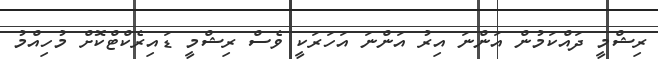
ރިޝްމީ ދައްކަމުން އަންނަ އިރު އަންނަ އަހަރަކީ ވެސް ރިޝްމީ ޑައިރެކްޓްކޮށް މުހިއްމު